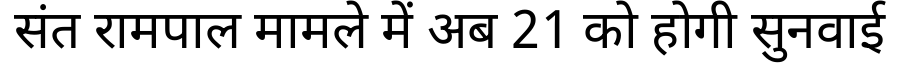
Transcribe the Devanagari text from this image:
संत रामपाल मामले में अब 21 को होगी सुनवाई